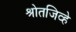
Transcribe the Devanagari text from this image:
श्रोतजिव्हे